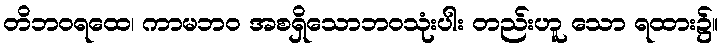
တိဘဝရထေ၊ ကာမဘဝ အစရှိသောဘဝသုံးပါး တည်းဟူ သော ရထား၌။